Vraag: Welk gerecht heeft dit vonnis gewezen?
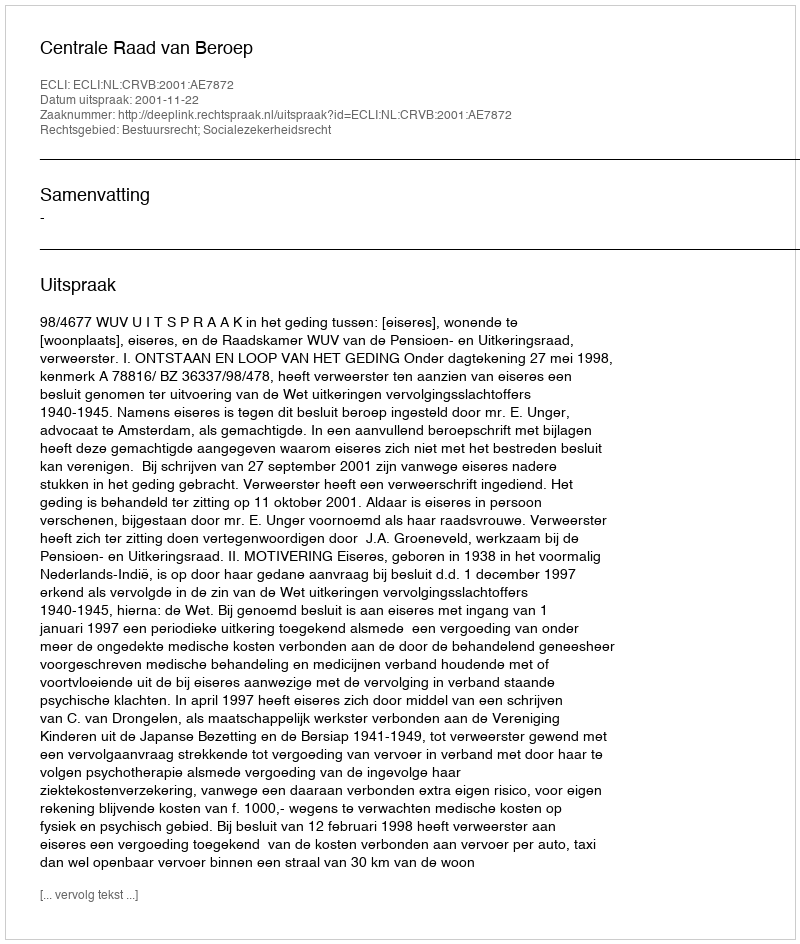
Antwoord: Centrale Raad van Beroep